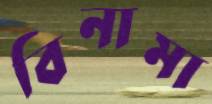
বিনামা